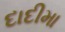
દાદીમા